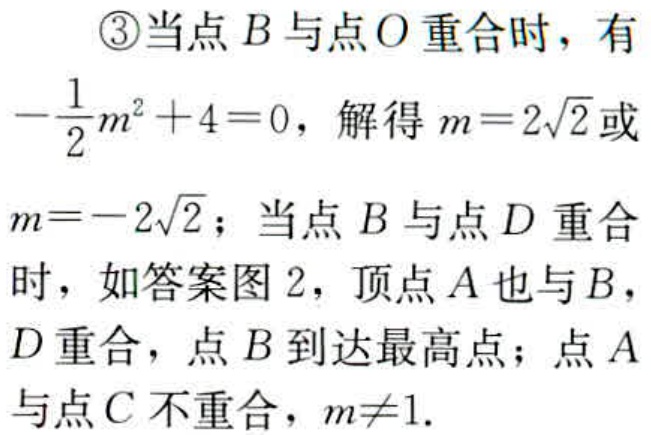
\textcircled{3}当点\(B\)与点\(O\)重合时，有
\(-\frac{1}{2}m^{2}+4 = 0\)，解得\(m = 2\sqrt{2}\)或
\(m=-2\sqrt{2}\)；当点\(B\)与点\(D\)重合
时，如答案图 2，顶点\(A\)也与\(B\)，
\(D\)重合，点\(B\)到达最高点；点\(A\)
与点\(C\)不重合，\(m\neq1\).